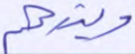
ويذرهم